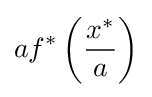
af^{*}\left({\frac {x^{*}}{a}}\right)